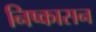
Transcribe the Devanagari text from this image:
निष्‍कासन